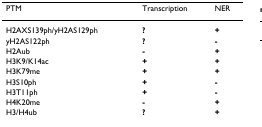
<table><thead><tr><td><b>PTM</b></td><td><b>Transcription</b></td><td><b>NER</b></td></tr></thead><tbody><tr><td>H2AXS139ph/yH2AS129ph</td><td><b>?</b></td><td><b>+</b></td></tr><tr><td>yH2AS122ph</td><td><b>?</b></td><td><b>-</b></td></tr><tr><td>H2Aub</td><td><b>-</b></td><td><b>+</b></td></tr><tr><td>H3K9/K14ac</td><td><b>+</b></td><td><b>+</b></td></tr><tr><td>H3K79me</td><td><b>+</b></td><td><b>+</b></td></tr><tr><td>H3S10ph</td><td><b>+</b></td><td><b>-</b></td></tr><tr><td>H3T11ph</td><td><b>+</b></td><td><b>-</b></td></tr><tr><td>H4K20me</td><td><b>-</b></td><td><b>+</b></td></tr><tr><td>H3/H4ub</td><td><b>?</b></td><td><b>+</b></td></tr></tbody></table>